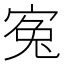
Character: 寃